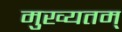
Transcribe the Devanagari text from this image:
मुख्यतम्